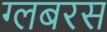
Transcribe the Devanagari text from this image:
ग्लबरस